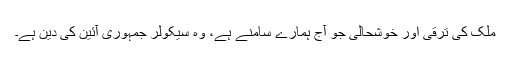
ملک کی ترقی اور خوشحالی جو آج ہمارے سامنے ہے، وہ سیکولر جمہوری آئین کی دین ہے۔